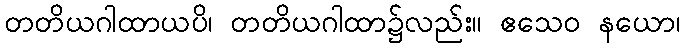
တတိယဂါထာယပိ၊ တတိယဂါထာ၌လည်း။ ဧသေဝ နယော၊